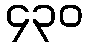
၄၃၀